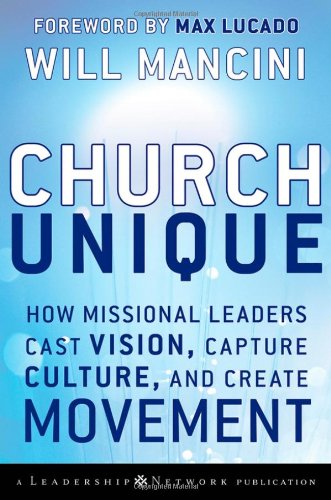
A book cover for Church Unique: How Missional Leaders Cast Vision, Capture Culture, and Create Movement; Will Mancini; Christian Books & Bibles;